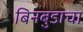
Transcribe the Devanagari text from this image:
बिनबुडाचा